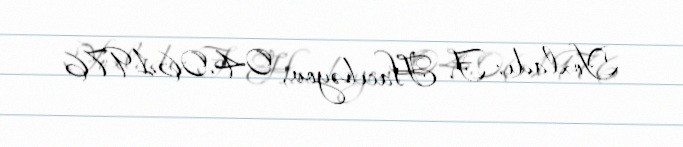
Yoxladı: F. Hacıbəyov, 04.06.1976